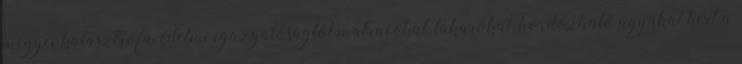
megyei katasztrófavédelmi igazgatóságtól matracokat, takarókat, hordozható ágyakat kért a